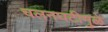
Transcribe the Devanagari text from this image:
चलनघटीमुळे